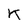
Character: k